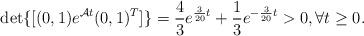
LaTeX: \begin{align*}\det\{[(0, 1)e^{\mathcal{A}t}(0, 1)^{T}]\}=\frac{4}{3} e^{\frac{3}{20}t}+\frac{1}{3}e^{-\frac{3}{20}t}>0, \forall t\ge 0.\end{align*}